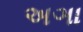
અઞા